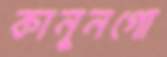
কানুনগো